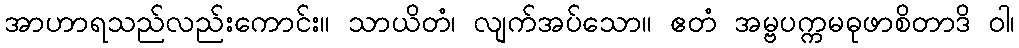
အာဟာရသည်လည်းကောင်း။ သာယိတံ၊ လျက်အပ်သော။ ဧတံ အမ္ဗပက္ကမဓုဖာစိတာဒိ ဝါ၊